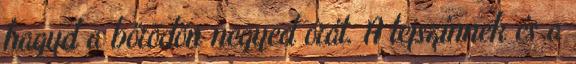
hagyd a bőrödön negyed órát. A tejszínnek és a